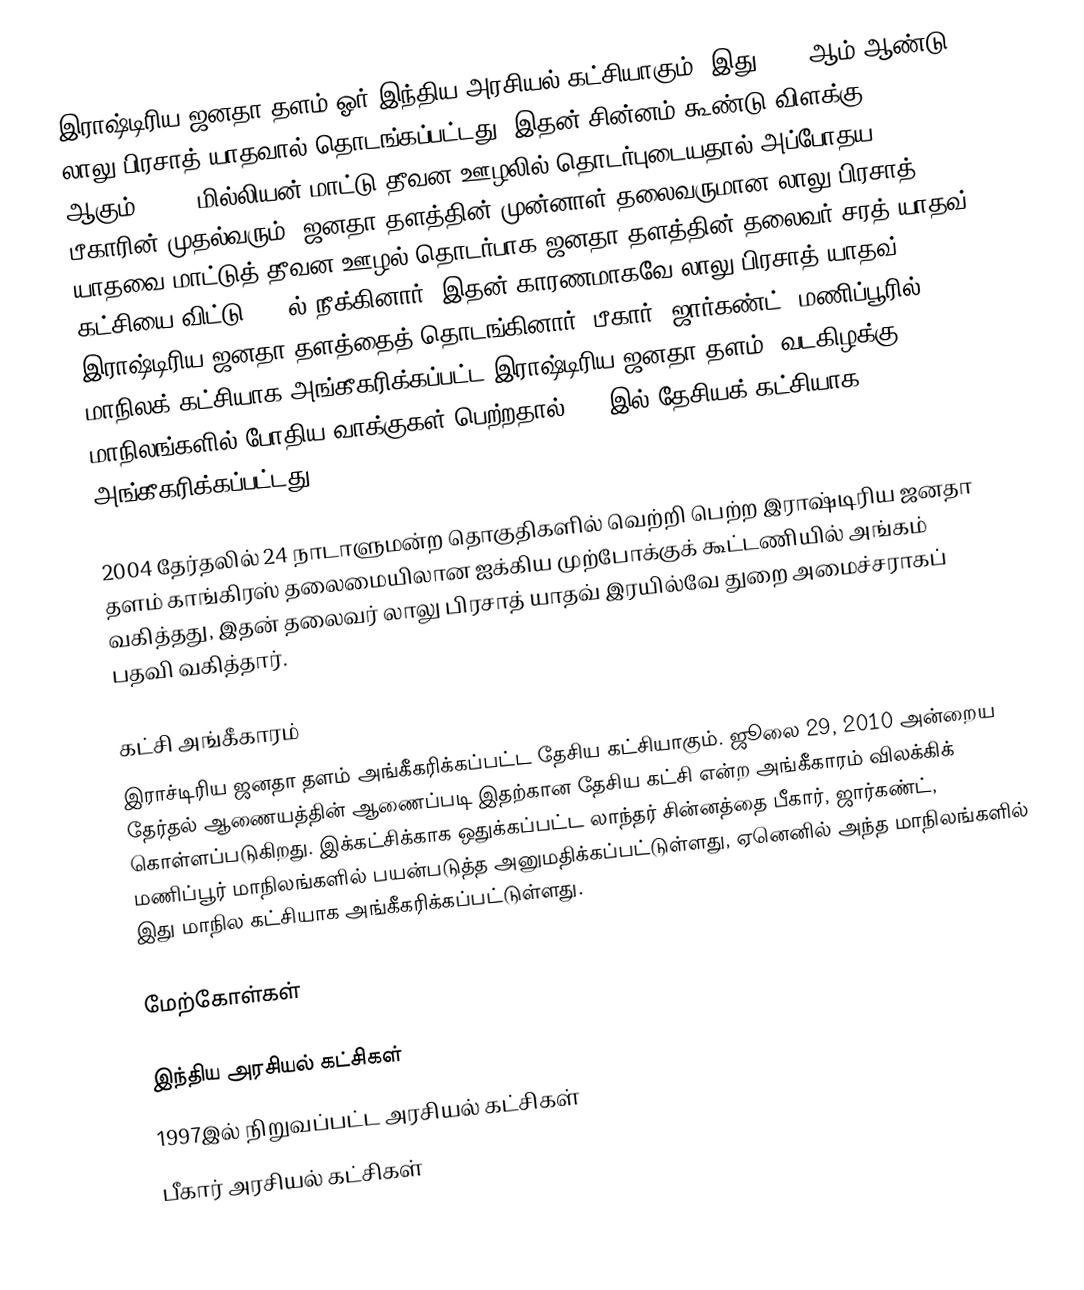
இராஷ்டிரிய ஜனதா தளம் ஓர் இந்திய அரசியல் கட்சியாகும். இது 1997 ஆம் ஆண்டு லாலு பிரசாத் யாதவால் தொடங்கப்பட்டது. இதன் சின்னம் கூண்டு விளக்கு (Lantern) ஆகும். $250 மில்லியன் மாட்டு தீவன ஊழலில் தொடர்புடையதால் அப்போதய பீகாரின் முதல்வரும், ஜனதா தளத்தின் முன்னாள் தலைவருமான லாலு பிரசாத் யாதவை மாட்டுத் தீவன ஊழல் தொடர்பாக ஜனதா தளத்தின் தலைவர் சரத் யாதவ் கட்சியை விட்டு 1987ல் நீக்கினார். இதன் காரணமாகவே லாலு பிரசாத் யாதவ் இராஷ்டிரிய ஜனதா தளத்தைத் தொடங்கினார். பீகார், ஜார்கண்ட், மணிப்பூரில் மாநிலக் கட்சியாக அங்கீகரிக்கப்பட்ட இராஷ்டிரிய ஜனதா தளம், வடகிழக்கு மாநிலங்களில் போதிய வாக்குகள் பெற்றதால் 2008இல் தேசியக் கட்சியாக அங்கீகரிக்கப்பட்டது.

2004 தேர்தலில் 24 நாடாளுமன்ற தொகுதிகளில் வெற்றி பெற்ற இராஷ்டிரிய ஜனதா தளம் காங்கிரஸ் தலைமையிலான ஐக்கிய முற்போக்குக் கூட்டணியில் அங்கம் வகித்தது, இதன் தலைவர் லாலு பிரசாத் யாதவ் இரயில்வே துறை அமைச்சராகப் பதவி வகித்தார்.

கட்சி அங்கீகாரம்
இராச்டிரிய ஜனதா தளம் அங்கீகரிக்கப்பட்ட தேசிய கட்சியாகும். ஜூலை 29, 2010 அன்றைய தேர்தல் ஆணையத்தின் ஆணைப்படி இதற்கான தேசிய கட்சி என்ற அங்கீகாரம் விலக்கிக் கொள்ளப்படுகிறது. இக்கட்சிக்காக ஒதுக்கப்பட்ட லாந்தர் சின்னத்தை பீகார், ஜார்கண்ட், மணிப்பூர் மாநிலங்களில் பயன்படுத்த அனுமதிக்கப்பட்டுள்ளது, ஏனெனில் அந்த மாநிலங்களில் இது மாநில கட்சியாக அங்கீகரிக்கப்பட்டுள்ளது.

மேற்கோள்கள்

இந்திய அரசியல் கட்சிகள்
1997இல் நிறுவப்பட்ட அரசியல் கட்சிகள்
பீகார் அரசியல் கட்சிகள்